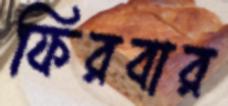
ফিরবার